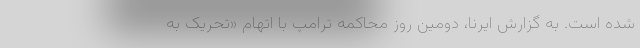
شده است. به گزارش ایرنا، دومین روز محاکمه ترامپ با اتهام «تحریک به